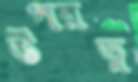
উপরত্ন